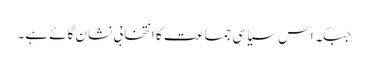
جبکہ اس سیاسی جماعت کا انتخابی نشان گائے ہے۔